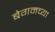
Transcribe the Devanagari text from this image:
बेगमच्या